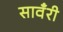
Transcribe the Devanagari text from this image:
सावँरी